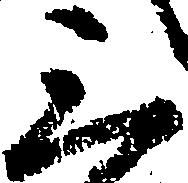
三